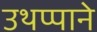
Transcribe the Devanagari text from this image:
उथप्पाने